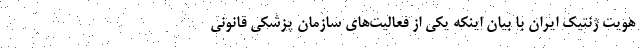
هویت ژنتیک ایران با بیان اینکه یکی از فعالیت‌های سازمان پزشکی قانونی